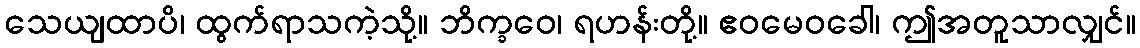
သေယျထာပိ၊ ထွက်ရာသကဲ့သို့။ ဘိက္ခဝေ၊ ရဟန်းတို့။ ဧဝမေဝခေါ၊ ဤအတူသာလျှင်။